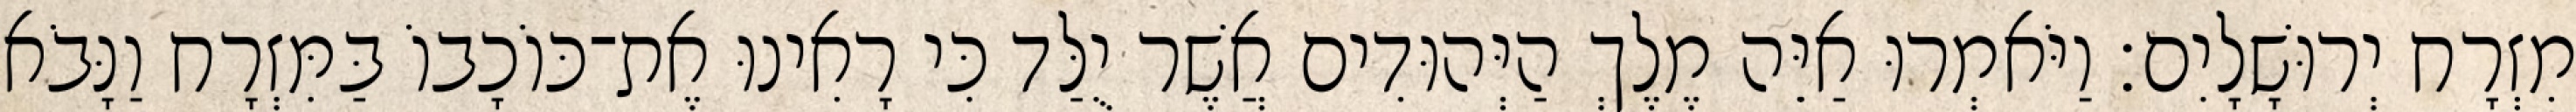
מִזְרָח יְרוּשָׁלָיִם׃ וַיֹּאמְרוּ אַיֵּה מֶלֶךְ הַיְּהוּדִים אֲשֶׁר יֻלַּד כִּי רָאִינוּ אֶת־כּוֹכָבוֹ בַּמִּזְרָח וַנָּבֹא